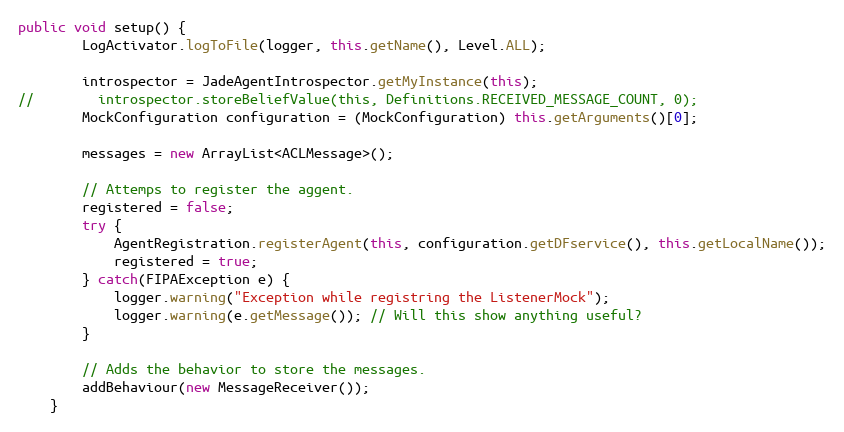
Language: Java
public void setup() {
        LogActivator.logToFile(logger, this.getName(), Level.ALL);

        introspector = JadeAgentIntrospector.getMyInstance(this);
//        introspector.storeBeliefValue(this, Definitions.RECEIVED_MESSAGE_COUNT, 0);
        MockConfiguration configuration = (MockConfiguration) this.getArguments()[0];

        messages = new ArrayList<ACLMessage>();

        // Attemps to register the aggent.
        registered = false;
        try {
            AgentRegistration.registerAgent(this, configuration.getDFservice(), this.getLocalName());
            registered = true;
        } catch(FIPAException e) {
            logger.warning("Exception while registring the ListenerMock");
            logger.warning(e.getMessage()); // Will this show anything useful?
        }

        // Adds the behavior to store the messages.
        addBehaviour(new MessageReceiver());
    }